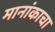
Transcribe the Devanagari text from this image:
मानांकाचा